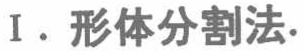
I. 形体分割法.